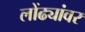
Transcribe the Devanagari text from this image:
लोंढ्यांवर